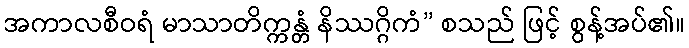
အကာလစီဝရံ မာသာတိက္ကန္တံ နိဿဂ္ဂိကံ” စသည် ဖြင့် စွန့်အပ်၏။